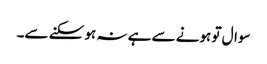
سوال تو ہونے سے ہے نہ ہو سکنے سے۔